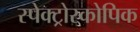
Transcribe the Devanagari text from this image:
स्पेक्ट्रोस्कोपिक